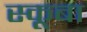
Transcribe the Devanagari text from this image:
स्‍कूबा